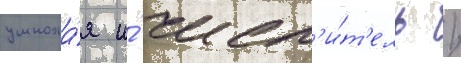
умножа́я и́ числ'и́т'ель /